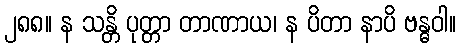
၂၈၈။ န သန္တိ ပုတ္တာ တာဏာယ၊ န ပိတာ နာပိ ဗန္ဓဝါ။